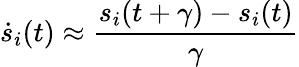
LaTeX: \dot{s}_{i}(t)\approx\frac{s_{i}(t+\gamma)-s_{i}(t)}{\gamma}